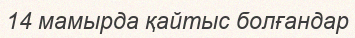
14 мамырда қайтыс болғандар